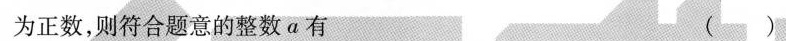
为正数，则符合题意的整数a有( )